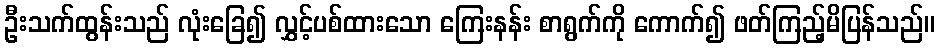
ဦးသက်ထွန်းသည် လုံးခြေ၍ လွှင့်ပစ်ထားသော ကြေးနန်း စာရွက်ကို ကောက်၍ ဖတ်ကြည့်မိပြန်သည်။